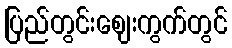
ပြည်တွင်းဈေးကွက်တွင်